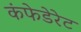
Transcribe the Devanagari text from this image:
कंफेडेरेट